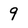
Character: 9